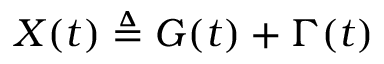
X ( t ) \triangleq G ( t ) + \Gamma ( t )